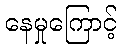
နေမှုကြောင့်